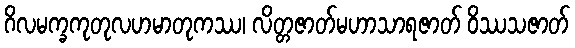
ဂိလမက္ခကုတုလဟမာတုကဿ၊ လိတ္တဇာတ်မဟာသာရဇာတ် ဝိဿသဇာတ်